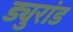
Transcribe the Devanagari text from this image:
ड्युरांड